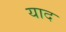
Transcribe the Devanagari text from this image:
याद